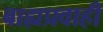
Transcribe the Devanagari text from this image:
बाह्यप्रवाही